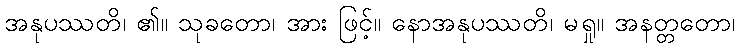
အနုပဿတိ၊ ၏။ သုခတော၊ အား ဖြင့်။ နောအနုပဿတိ၊ မရှု။ အနတ္တတော၊